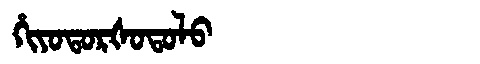
Manchu: ᡥᡳᠶᠣᡨᠣᡵᡧᠣᡨᠣᠯᠣ
Romanization: HIYOTORŠOTOLO